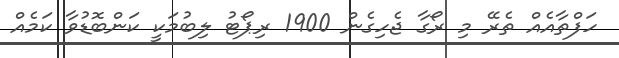
ހަފްތާއެއް ތެރޭ މި ރޯގާ ޖެހިގެން 1900 ރިޕޯޓު ލިބުމަކީ ކަންބޮޑުވާ ކަމެއް